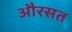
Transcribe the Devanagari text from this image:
औरसत